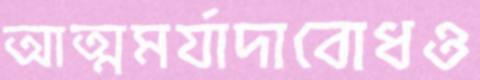
আত্মমর্যাদাবোধও